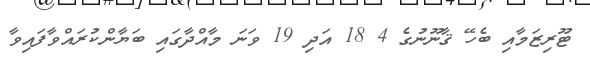
ޓޫރިޒަމާއި ބެހޭ ޤާނޫނުގެ 4 18 އަދި 19 ވަނަ މާއްދާގައި ބަޔާންކުރައްވާފައިވާ